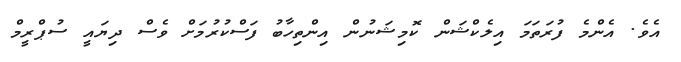
އެވެ. އެންމެ ފުރަތަމަ އިލެކްޝަން ކޮމިޝަނުން އިންތިހާބު ފަސްކުރުމަށް ވެސް ދިޔައީ ސުޕްރީމް